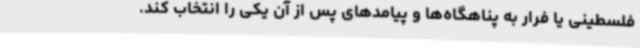
فلسطینی یا فرار به پناهگاه‌ها و پیامدهای پس از آن یکی را انتخاب کند.